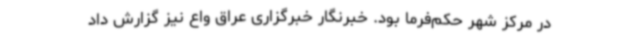
در مرکز شهر حکم‌فرما بود. خبرنگار خبرگزاری عراق واع نیز گزارش داد